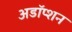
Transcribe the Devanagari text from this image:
अडॉप्शन